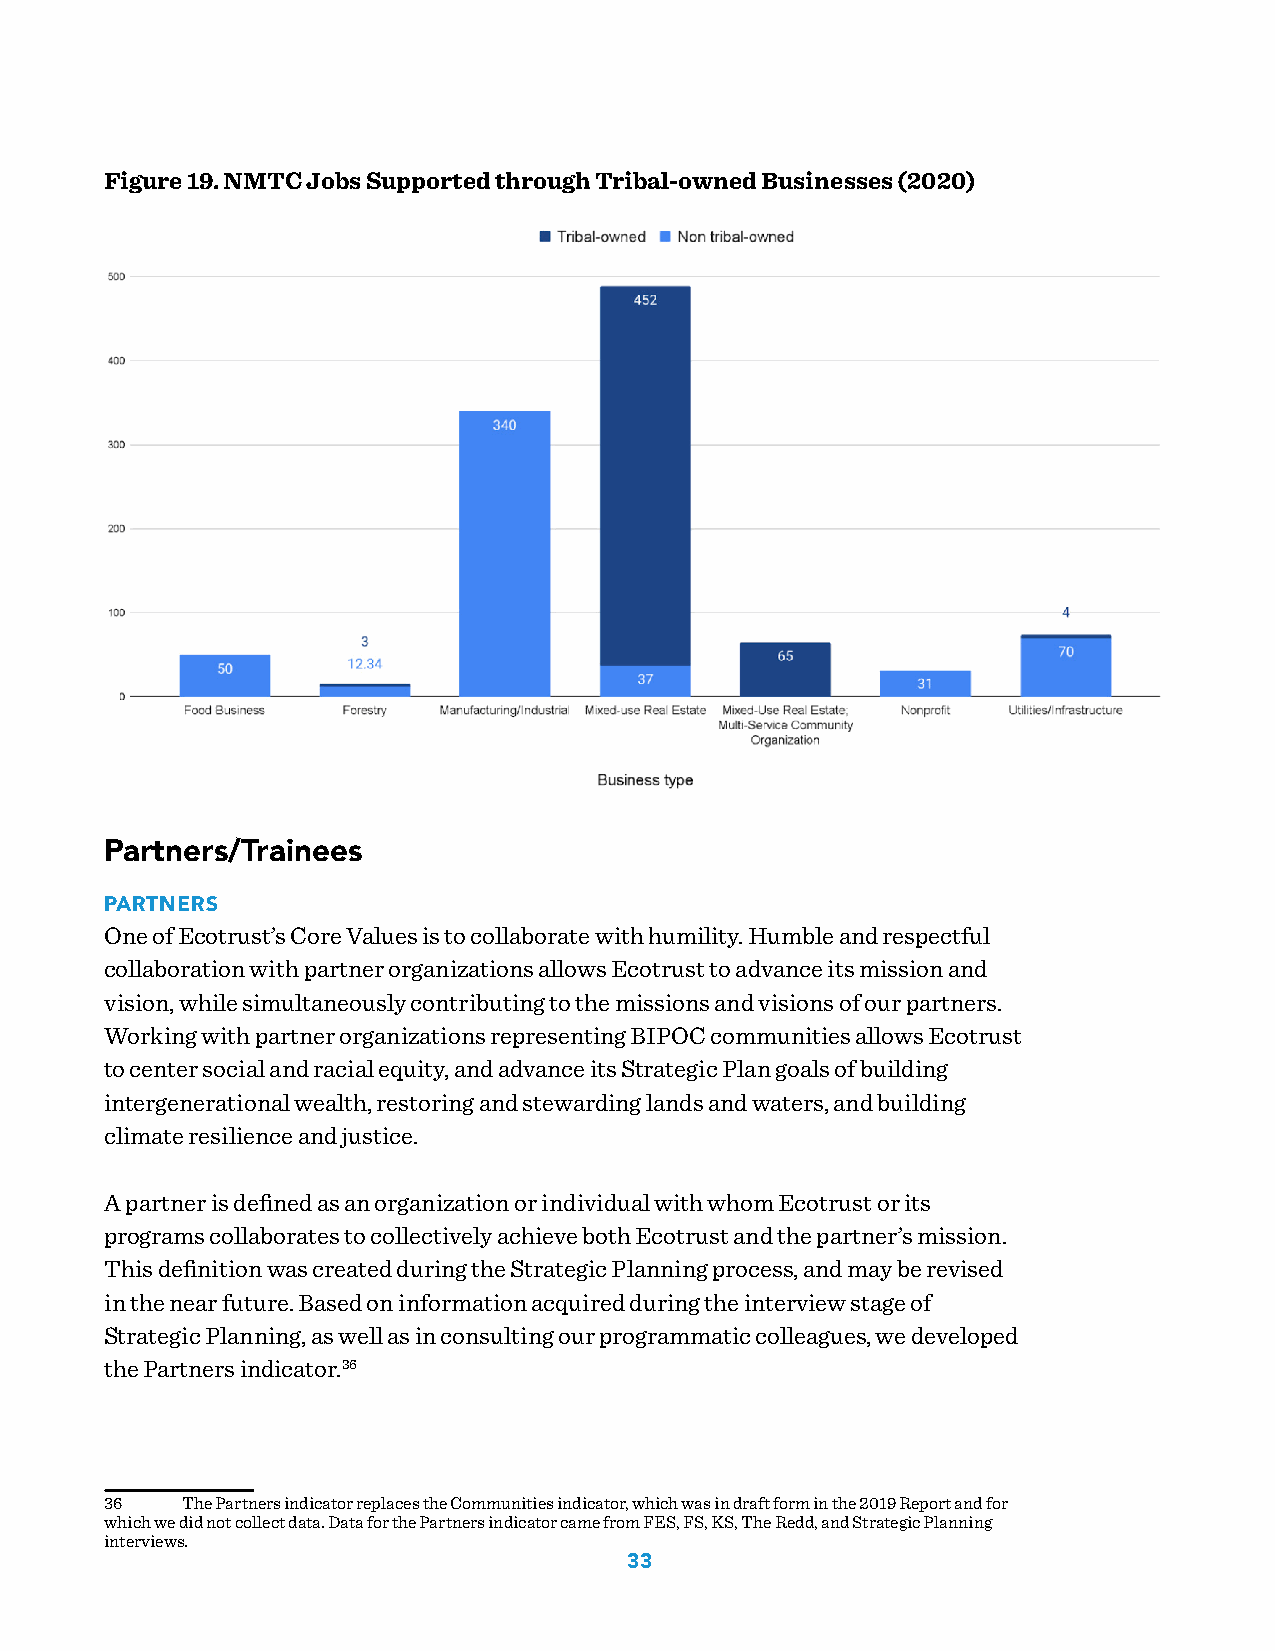
Figure 19. NMTC Jobs Supported through Tribal-owned Businesses (2020)
 Partners/Trainees
 PARTNERS
 One of Ecotrust’s Core Values is to collaborate with humility. Humble and respectful
 collaboration with partner organizations allows Ecotrust to advance its mission and
 vision, while simultaneously contributing to the missions and visions of our partners.
 Working with partner organizations representing BIPOC communities allows Ecotrust
 to center social and racial equity, and advance its Strategic Plan goals of building
 intergenerational wealth, restoring and stewarding lands and waters, and building
 climate resilience and justice.
 A partner is defined as an organization or individual with whom Ecotrust or its
 programs collaborates to collectively achieve both Ecotrust and the partner’s mission.
 This definition was created during the Strategic Planning process, and may be revised
 in the near future. Based on information acquired during the interview stage of
 Strategic Planning, as well as in consulting our programmatic colleagues, we developed
 the Partners indicator.36
 36   The Partners indicator replaces the Communities indicator, which was in draft form in the 2019 Report and for
 which we did not collect data. Data for the Partners indicator came from FES, FS, KS, The Redd, and Strategic Planning
 interviews.
 33